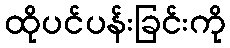
ထိုပင်ပန်းခြင်းကို